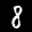
Label: 8